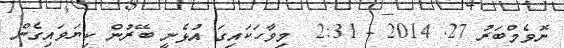
ނޮވެމްބަރު 27